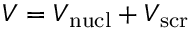
V = V _ { \mathrm { n u c l } } + V _ { \mathrm { s c r } }